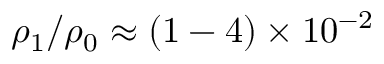
\rho _ { 1 } / \rho _ { 0 } \approx ( 1 - 4 ) \times 1 0 ^ { - 2 }